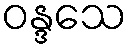
ဝန္ဒသေ